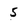
Character: 5